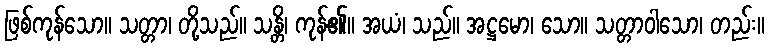
ဖြစ်ကုန်သော။ သတ္တာ၊ တို့သည်။ သန္တိ၊ ကုန်၏။ အယံ၊ သည်။ အဋ္ဌမော၊ သော။ သတ္တာဝါသော၊ တည်း။